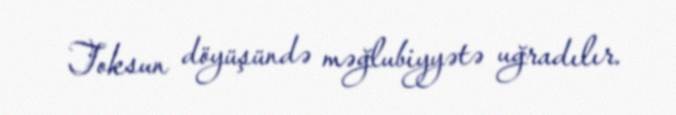
Toksun döyüşündə məğlubiyyətə uğradılır.